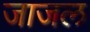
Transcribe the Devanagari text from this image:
जाजल